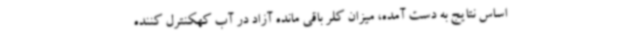
اساس نتایج به دست آمده، میزان کلر باقی مانده آزاد در آب کهکنترل کننده